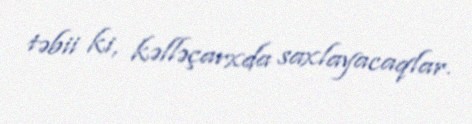
təbii ki, kəlləçarxda saxlayacaqlar.